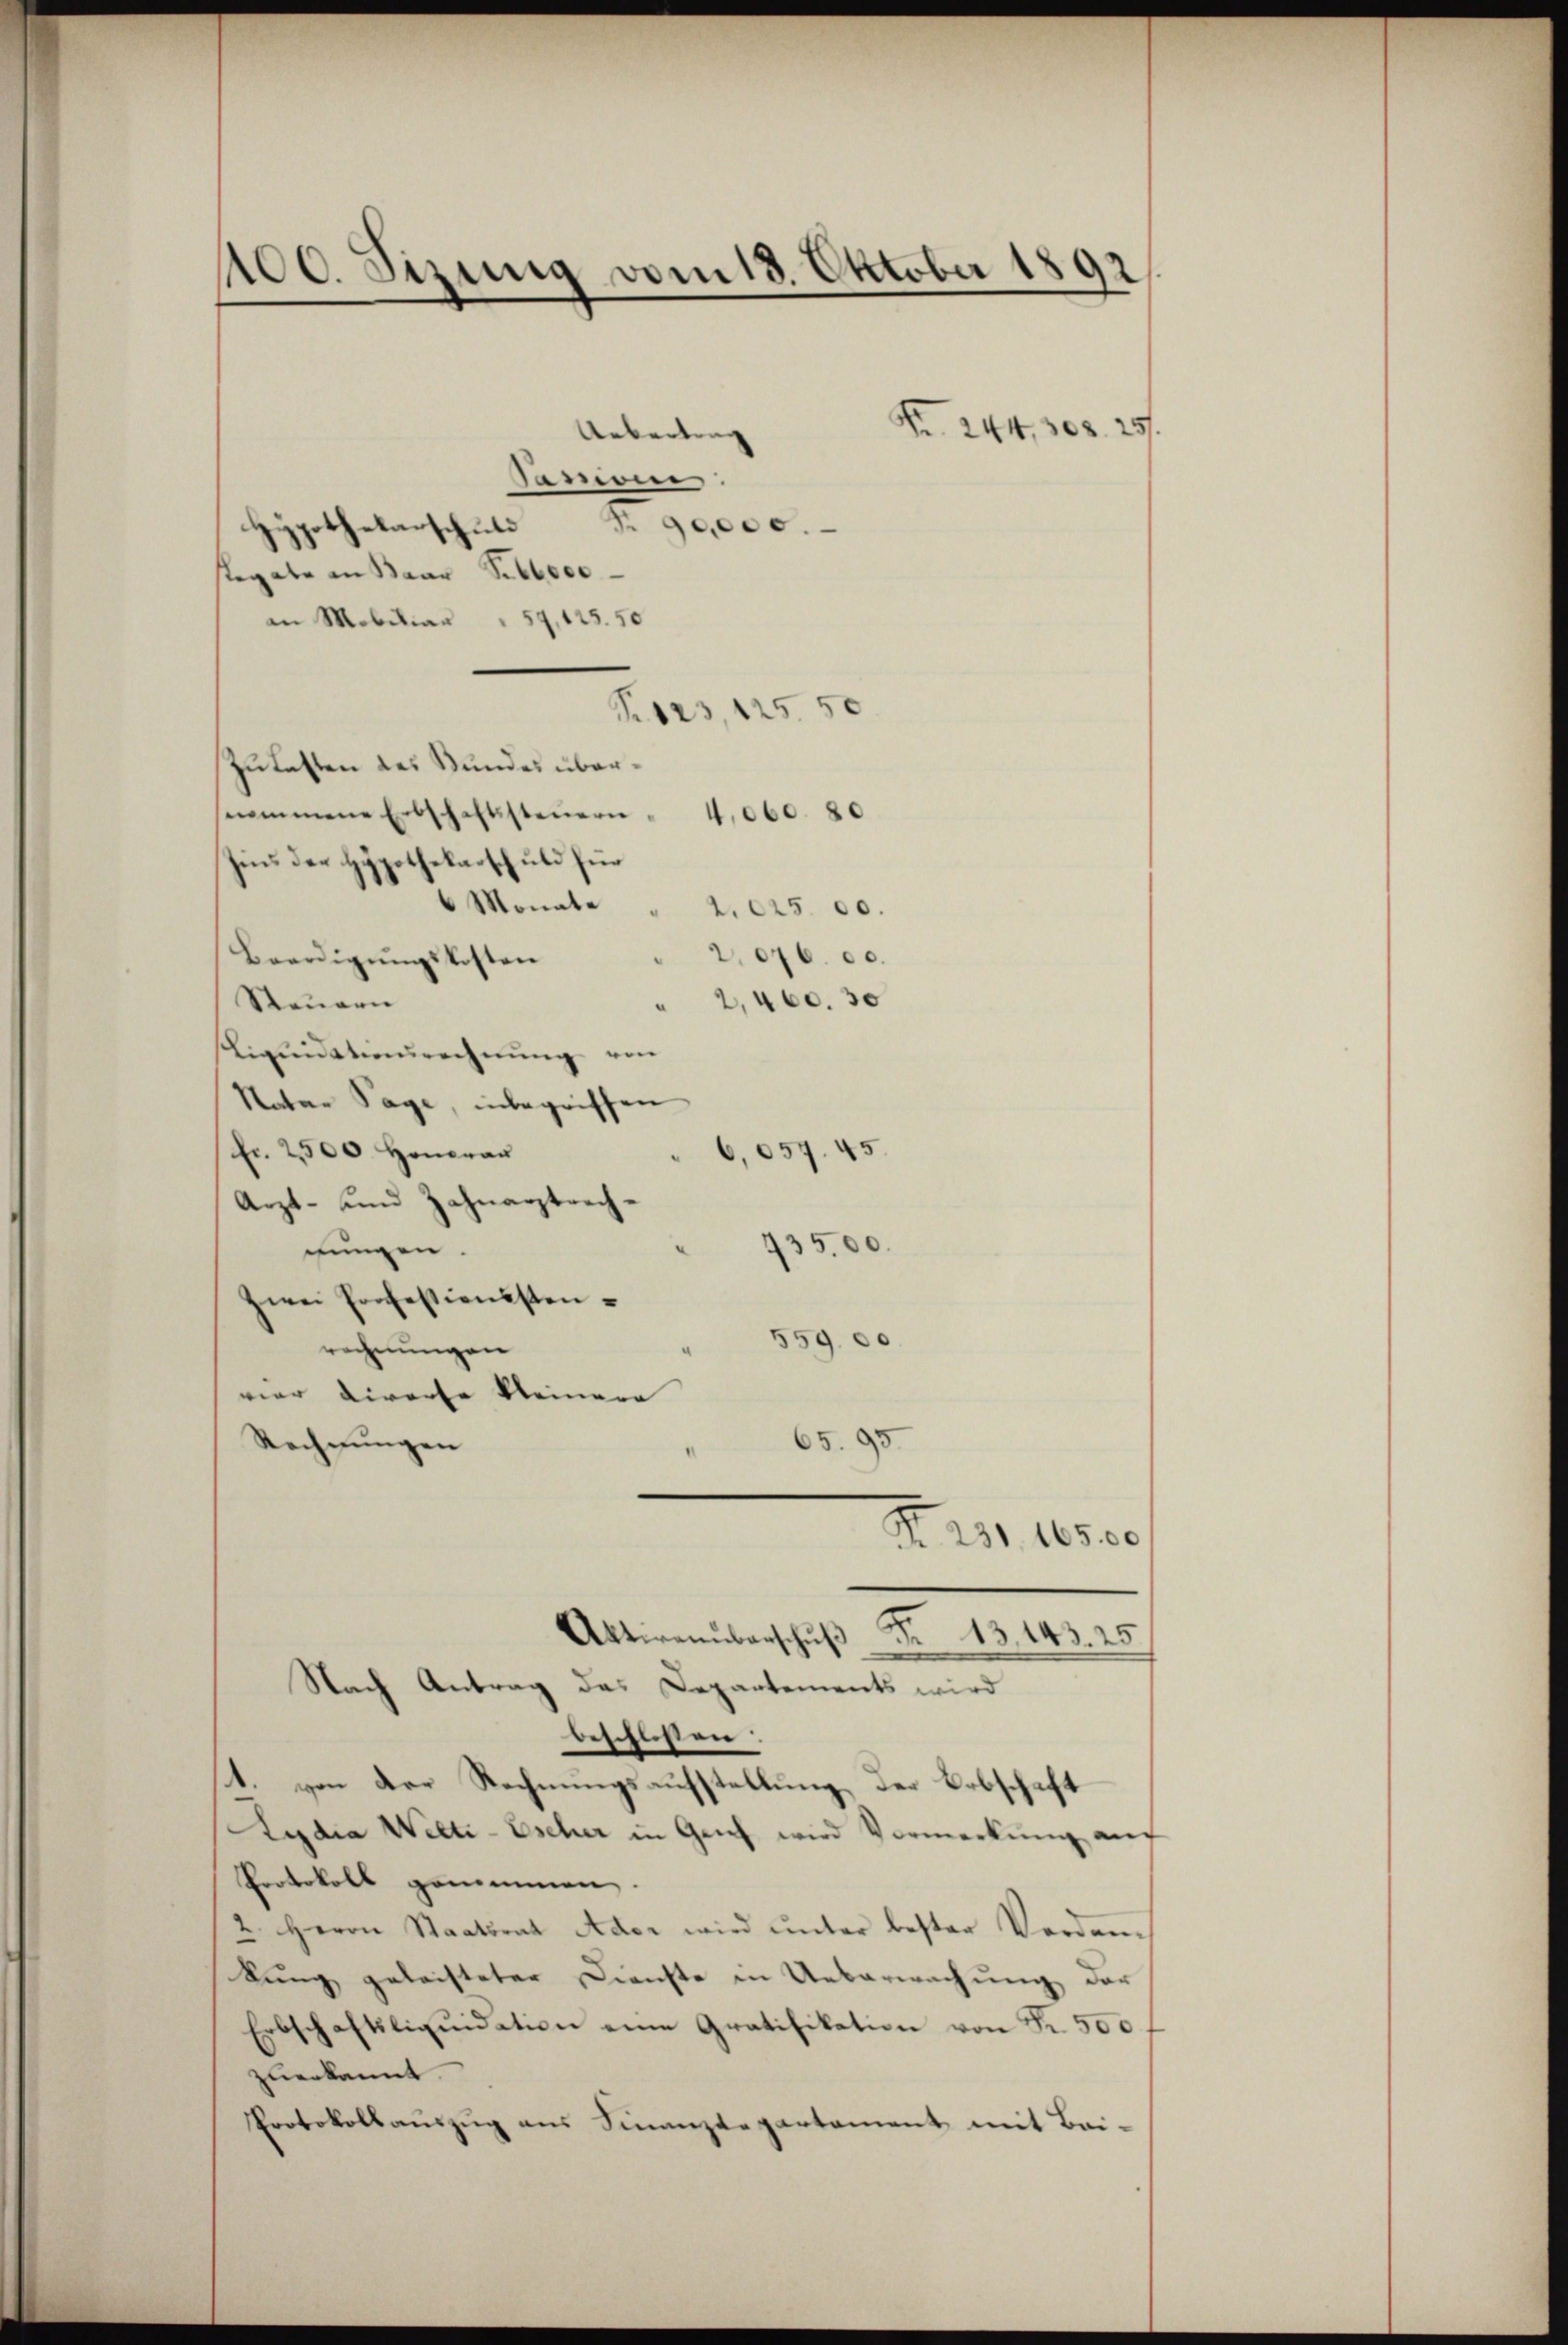
100. Sizung vom 18. Oktober 1892

Uebertrag
Samoin
Hypothekarschule Nr. 90,000.
Regale an Baar Schlec
in Mobilian " 59, 125. 50
S.823, 125. 50
Zulasten des Bundes übernommene Erbschaftssteŭern " 4,000. 80
Zins der Hypothekarschuld für
 Monate
2.025 00.
2076. c.
Beerdigŭngskosten
Steuern
" 2,400. 30
Liquidationsrechnung von
Natar Tage, inbegriffen
fr. 2500. Honorar
6,057. 45.
Arzt- und Zahnarztrech¬
735,00.
dungen.
zwei Profestiensten¬
559. 00
rechnungen
viar Verorte kleinere |
65. 95.
Rechnungen
A 15. 10500
Alterenüberschŭβ Fr. 13. 143. 25
Nach Antrag das Departements wird
beschlossen:
1. von der Rechnungsaufstellung, der Erbschaft
Lydia Welti-Escher in Geich wird Vormerkŭng auf
Protokoll genommen.
2. Herrn Staatsrat Ader wird unter bester Verdankung geleisteter Dienste in Ueberwachung der
Erbschaftsliqŭidation eine Gratifikation von Fr. 500.
zuerkannt.
Protokollaŭszŭg ans Finanzdepartament mit Bei-

Fr. 244, 302. 25.